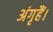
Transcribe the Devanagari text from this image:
अंगृहैं।